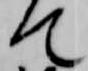
て